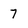
Character: 7